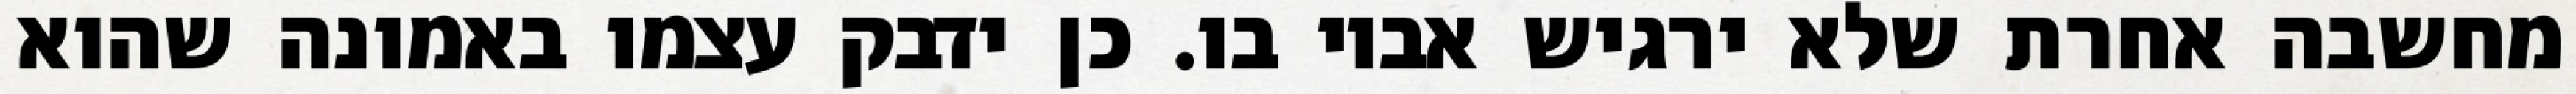
מחשבה אחרת שלא ירגיש אביו בו. כן ידבק עצמו באמונה שהוא